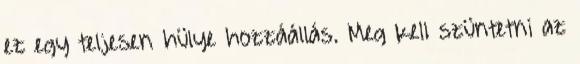
ez egy teljesen hülye hozzáállás. Meg kell szüntetni az